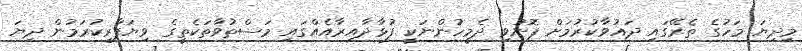
މިދިޔަ މަހުގެ ތެރޭގައި ދައުވާކުރުމަށް ފޮނުވި ދެމީހުންނަކީ ފުޅާދާއިރާއެއްގައި މަސްތުވާތަކެތީގެ ވިޔަފާރިކުރަމުން ދިޔަ